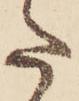
た